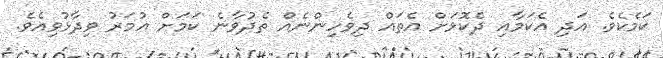
ކަމެކެވެ. އަދި އެކަމާއި ދެކޮޅަށް އެތައް ދިވެހިންނެއް ތެދުވާނެ ކަމަށް އުމަރު ވިދާޅުވިއެވެ.